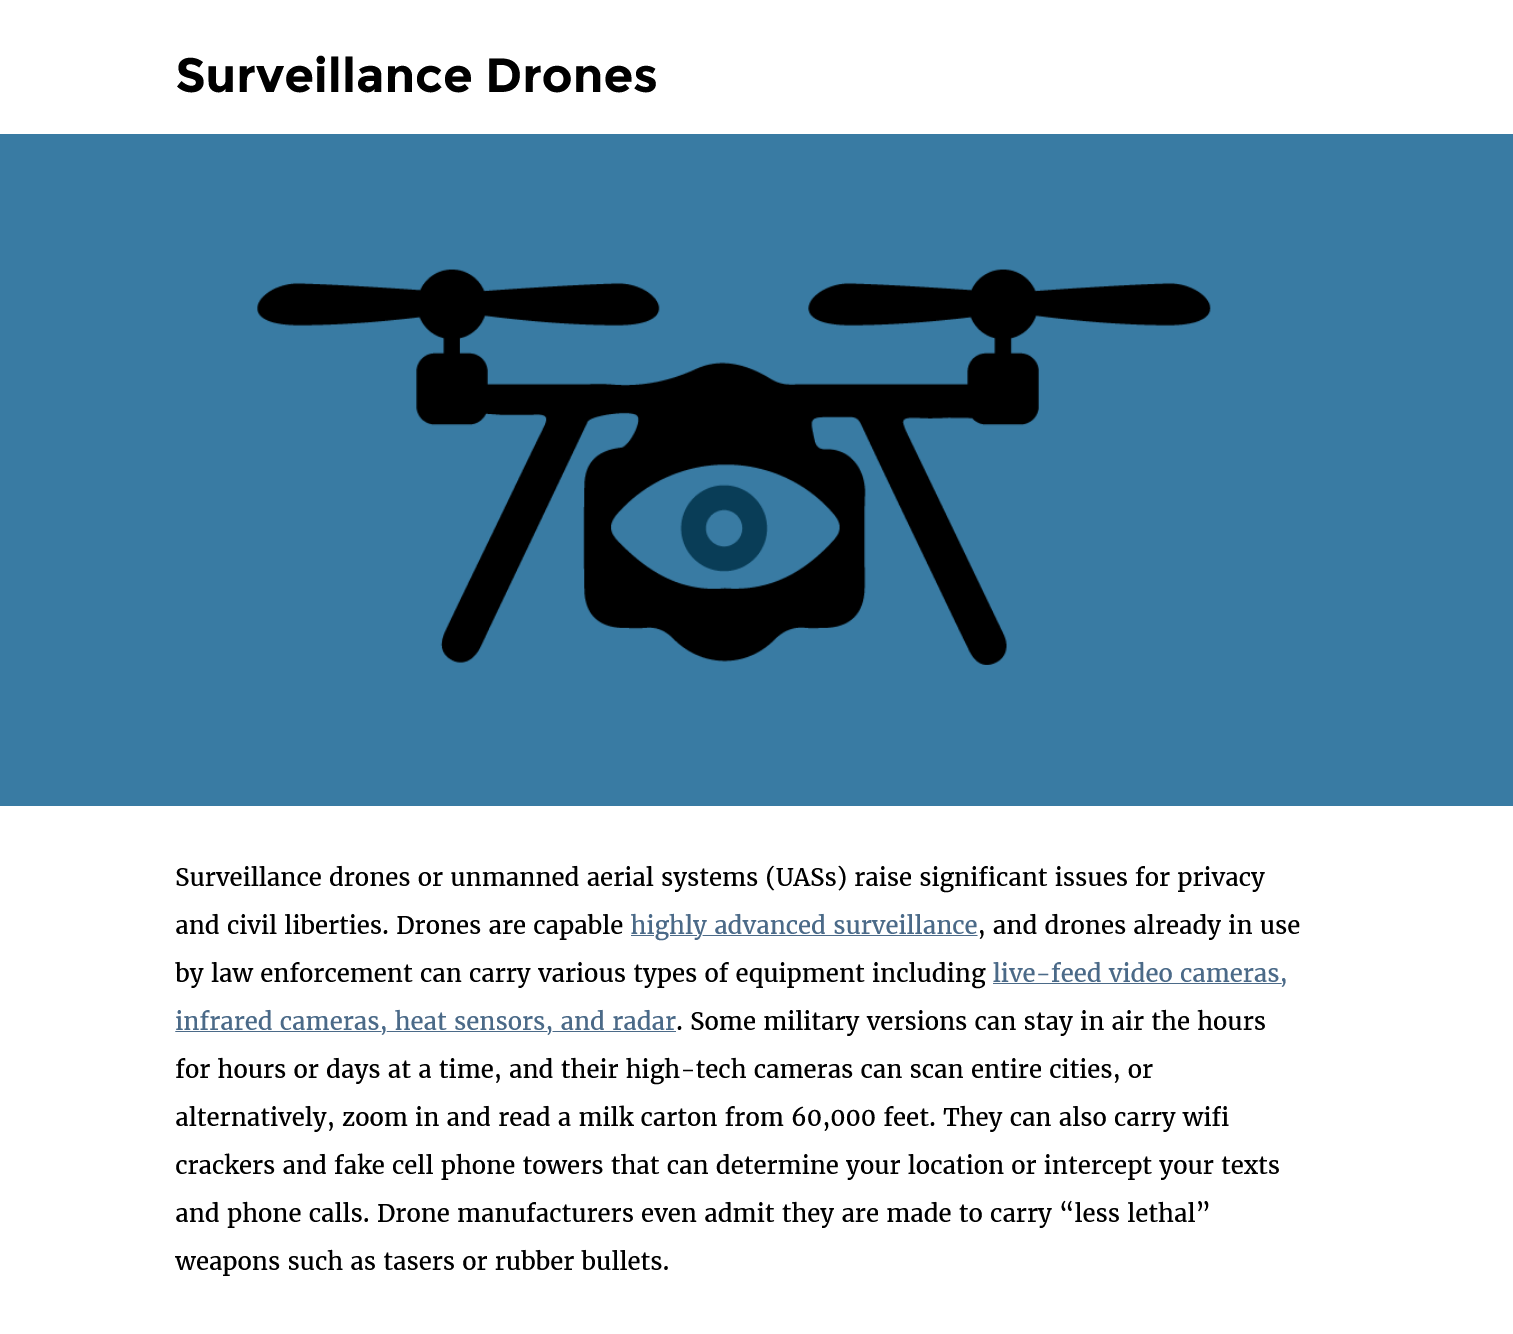
Surveillance    Drones
     Surveillance drones or unmanned aerial systems (UASs) raise significant issues for privacy
     and civil liberties. Drones are capable highly advanced surveillance, and drones already in use
     by law enforcement can carry various types of equipment including live-feed video cameras,
     infrared cameras, heat sensors, and radar. Some military versions can stay in air the hours
     for hours or days at a time, and their high-tech cameras can scan entire cities, or
     alternatively, zoom in and read a milk carton from 60,000 feet. They can also carry wifi
     crackers and fake cell phone towers that can determine your location or intercept your texts
     and phone calls. Drone manufacturers even admit they are made to carry “less lethal”
     weapons such as tasers or rubber bullets.